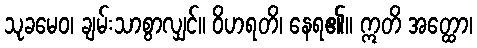
သုခမေဝ၊ ချမ်းသာစွာလျှင်။ ဝိဟရတိ၊ နေရ၏။ ဣတိ အတ္ထော၊